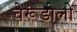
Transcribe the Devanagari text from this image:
चेरूंडोलो